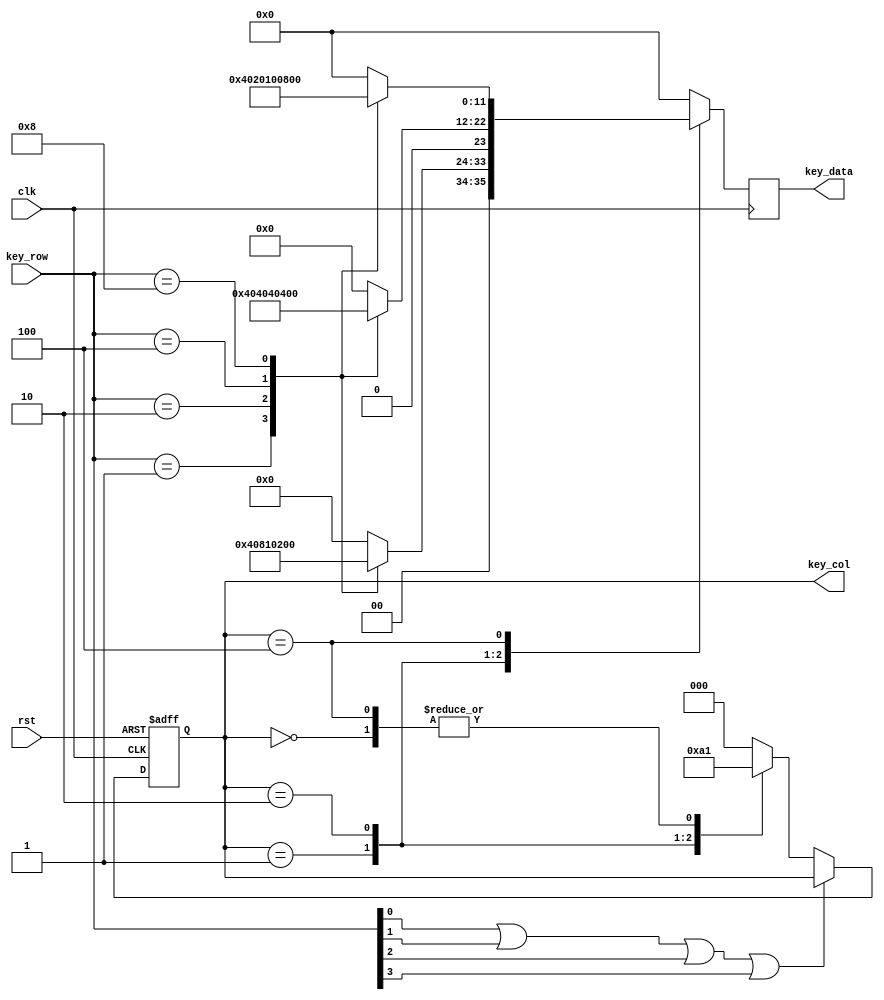
module keypad_scan(clk, rst, key_col, key_row, key_data);
  input clk, rst; //clk=16MHz
  input [3:0] key_row;
  output [2:0] key_col;
  output [11:0] key_data;
  reg [11:0] key_data;
  reg [2:0] state;
  wire key_stop;
  
  parameter no_scan = 3'b000;
  parameter column1 = 3'b001;
  parameter column2 = 3'b010;
  parameter column3 = 3'b100;
  
  assign key_stop=key_row[0] | key_row[1] | key_row[2] | key_row[3];
  assign key_col = state;
  
  always @(posedge clk or posedge rst) begin
    if (rst) state <= no_scan;
    else begin
      if (!key_stop) begin
        case (state)
          no_scan: state <= column1;
          column1: state <= column2;
          column2: state <= column3;
          column3: state <= column1;
          default: state <= no_scan;
        endcase
      end
    end
  end
  
  always @ (posedge clk) begin
    case (state)
      column1: case(key_row)
        4'b0001: key_data <= 12'b0000_0000_0001;
        4'b0010: key_data <= 12'b0000_0000_1000;
        4'b0100: key_data <= 12'b0000_0100_0000;
        4'b1000: key_data <= 12'b0010_0000_0000; //*
        default: key_data <= 12'b0000_0000_0000;
      endcase
      column2: case(key_row)
        4'b0001: key_data <= 12'b0000_0000_0010;
        4'b0010: key_data <= 12'b0000_0001_0000;
        4'b0100: key_data <= 12'b0000_1000_0000;
        4'b1000: key_data <= 12'b0100_0000_0000; //0
        default: key_data <= 12'b0000_0000_0000;
      endcase
      column3: case(key_row)
        4'b0001: key_data <= 12'b0000_0000_0100;
        4'b0010: key_data <= 12'b0000_0010_0000;
        4'b0100: key_data <= 12'b0001_0000_0000;
        4'b1000: key_data <= 12'b1000_0000_0000; //#
        default: key_data <= 12'b0000_0000_0000;
      endcase
      default: key_data <= 12'b0000_0000_0000;
    endcase
  end
endmodule